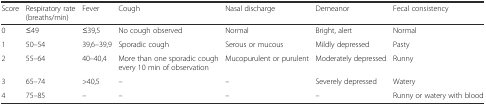
| Score | Respiratory rate (breaths/min) | Fever | Cough | Nasal discharge | Demeanor | Fecal consistency |
 | --- | --- | --- | --- | --- | --- | --- |
 | 0 | ≤49 | ≤39,5 | No cough observed | Normal | Bright, alert | Normal |
 | 1 | 50–54 | 39,6–39,9 | Sporadic cough | Serous or mucous | Mildly depressed | Pasty |
 | 2 | 55–64 | 40–40,4 | More than one sporadic cough every 10 min of observation | Mucopurulent or purulent | Moderately depressed | Runny |
 | 3 | 65–74 | >40,5 | – | – | Severely depressed | Watery |
 | 4 | 75–85 | – | – | – | – | Runny or watery with blood |